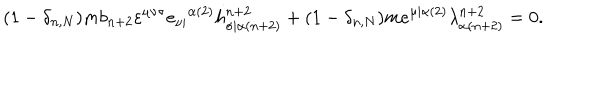
( 1 - \delta _ { n , N } ) m b _ { n + 2 } \varepsilon ^ { \mu \nu \sigma } e _ { \nu | } { } ^ { \alpha ( 2 ) } h _ { \sigma | \alpha ( n + 2 ) } ^ { n + 2 } + ( 1 - \delta _ { n , N } ) m e ^ { \mu | \alpha ( 2 ) } \lambda _ { \alpha ( n + 2 ) } ^ { n + 2 } = 0 .